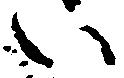
い